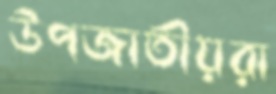
উপজাতীয়রা